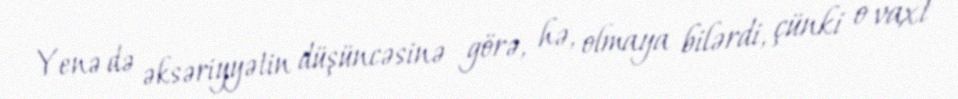
Yenə də əksəriyyətin düşüncəsinə görə, hə, olmaya bilərdi, çünki o vaxt